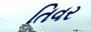
તિવર